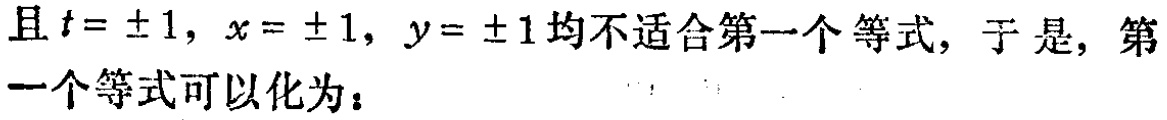
且\(t = \pm 1\)，\(x = \pm 1\)，\(y = \pm 1\)均不适合第一个等式，于是，第一个等式可以化为：